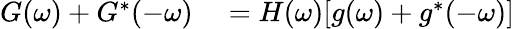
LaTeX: \begin{array}{rl}{G(\omega)+G^{*}(-\omega)}&{{}=H(\omega)[g(\omega)+g^{*}(-\omega)]}\end{array}